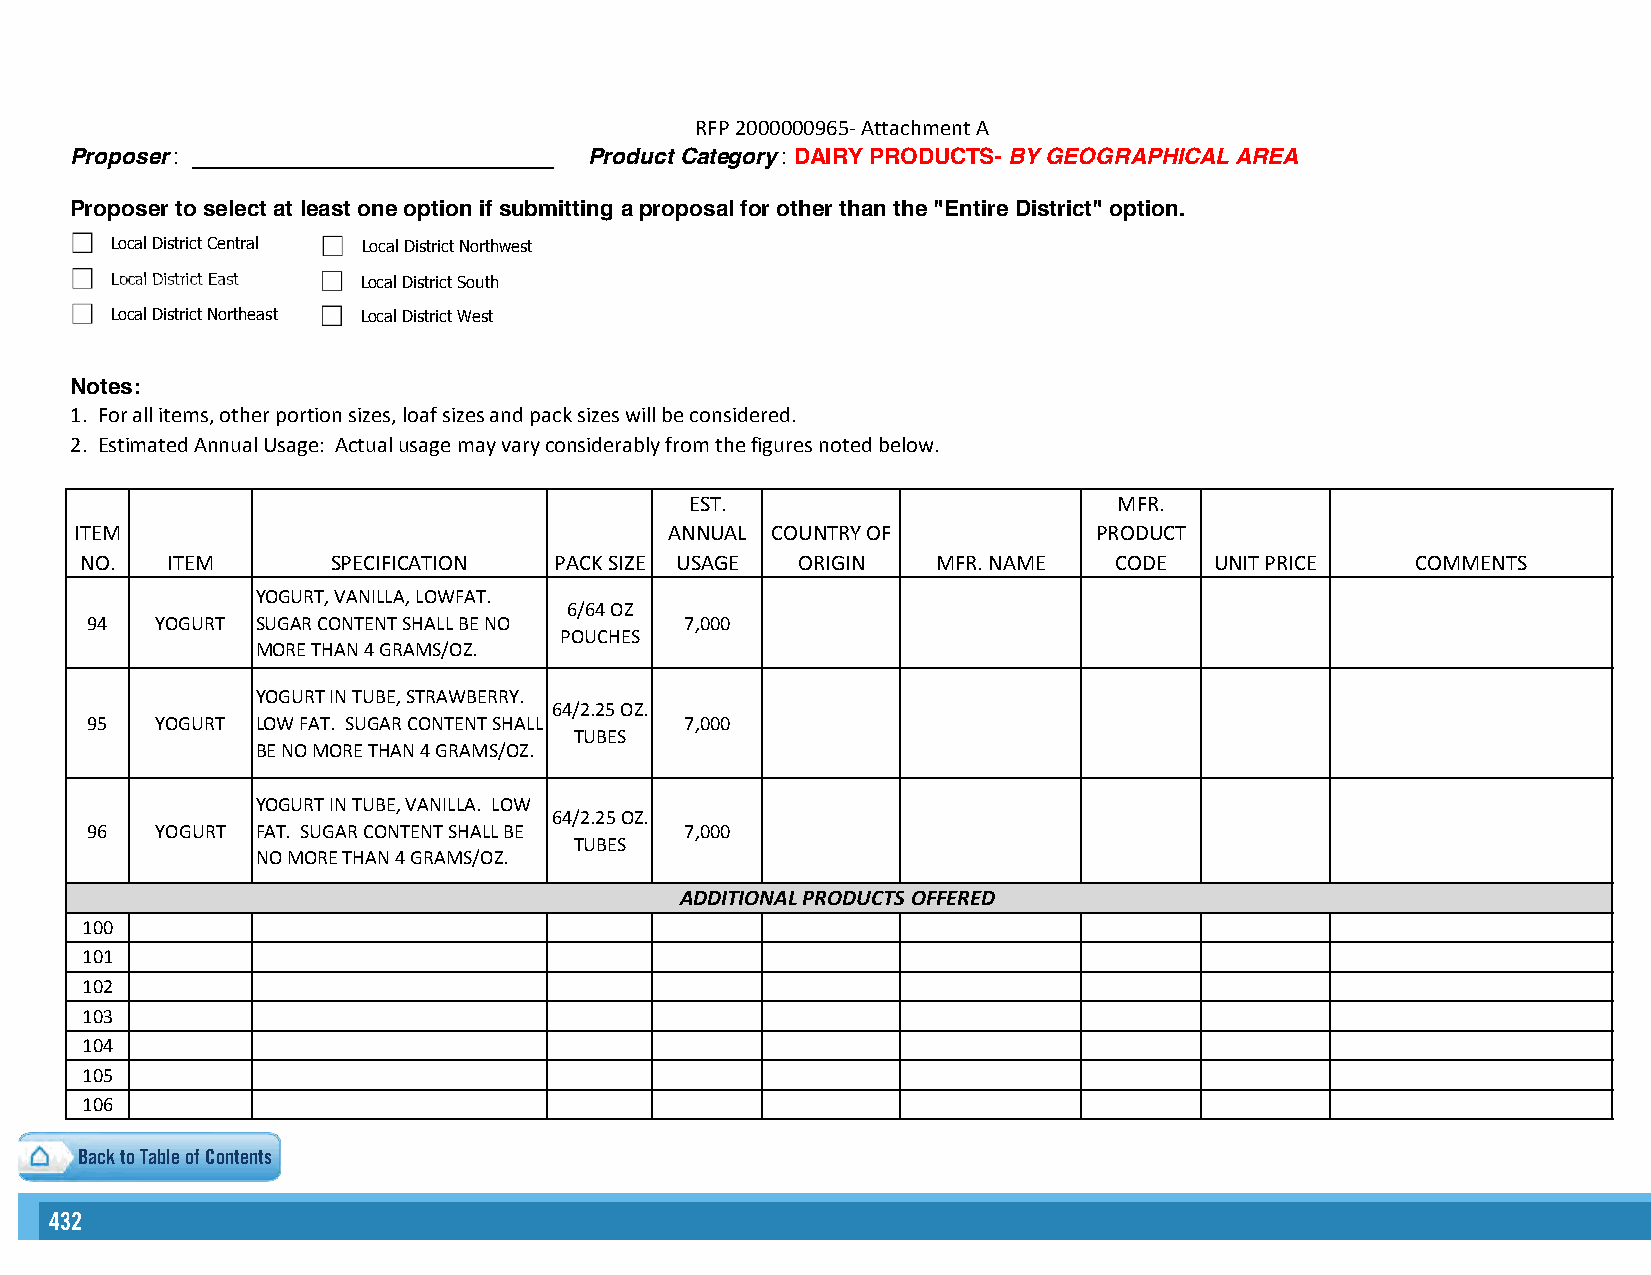
RFP 2000000965- Attachment A
 Proposer : _____________________________ Product Category : DAIRY PRODUCTS- BY GEOGRAPHICAL AREA
 Proposer to select at least one option if submitting a proposal for other than the "Entire District" option.
 Local District Central Local District Northwest
 Local District East Local District South
 Local District Northeast Local District West
 Notes:
 1. For all items, other portion sizes, loaf sizes and pack sizes will be considered.
 2. Estimated Annual Usage: Actual usage may vary considerably from the figures noted below.
 EST.                        MFR.
 ITEM                                   ANNUAL COUNTRY OF            PRODUCT
 NO.   ITEM       SPECIFICATION  PACK SIZE USAGE ORIGIN   MFR. NAME   CODE  UNIT PRICE    COMMENTS
 YOGURT, VANILLA, LOWFAT.
 6/64 OZ
 94  YOGURT SUGAR CONTENT SHALL BE NO   7,000
 POUCHES
 MORE THAN 4 GRAMS/OZ.
 YOGURT IN TUBE, STRAWBERRY.
 64/2.25 OZ.
 95  YOGURT LOW FAT. SUGAR CONTENT SHALL 7,000
 TUBES
 BE NO MORE THAN 4 GRAMS/OZ.
 YOGURT IN TUBE, VANILLA. LOW
 64/2.25 OZ.
 96  YOGURT FAT. SUGAR CONTENT SHALL BE 7,000
 TUBES
 NO MORE THAN 4 GRAMS/OZ.
 ADDITIONAL PRODUCTS OFFERED
 100
 101
 102
 103
 104
 105
 106
 Back to Table of Contents
 432